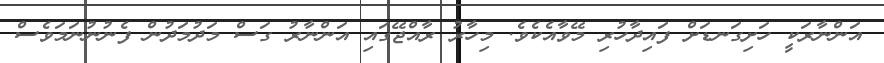
އަންނާރަކީ ހަށިގަނޑަށް ފައިދާހުރި މޭވާއެކެވެ. މިހާރު ރާއްޖޭގައި އަންނާރު ގަސް މަދުމަދުން ފެނުނުނަމަވެސް